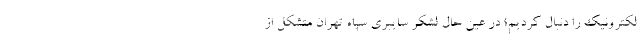
لکترونیک را دنبال کردیم؛ در عین حال لشکر سایبری سپاه تهران متشکل از